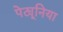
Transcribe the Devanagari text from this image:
पेट्यूनिया